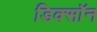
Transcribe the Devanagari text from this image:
डिक्साॅन